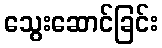
သွေးဆောင်ခြင်း